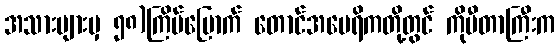
အသားများမှ ၅၈)ကြိမ်မြောက် တောင်အမေရိကတို့တွင် ကိုပီတာကြီးက